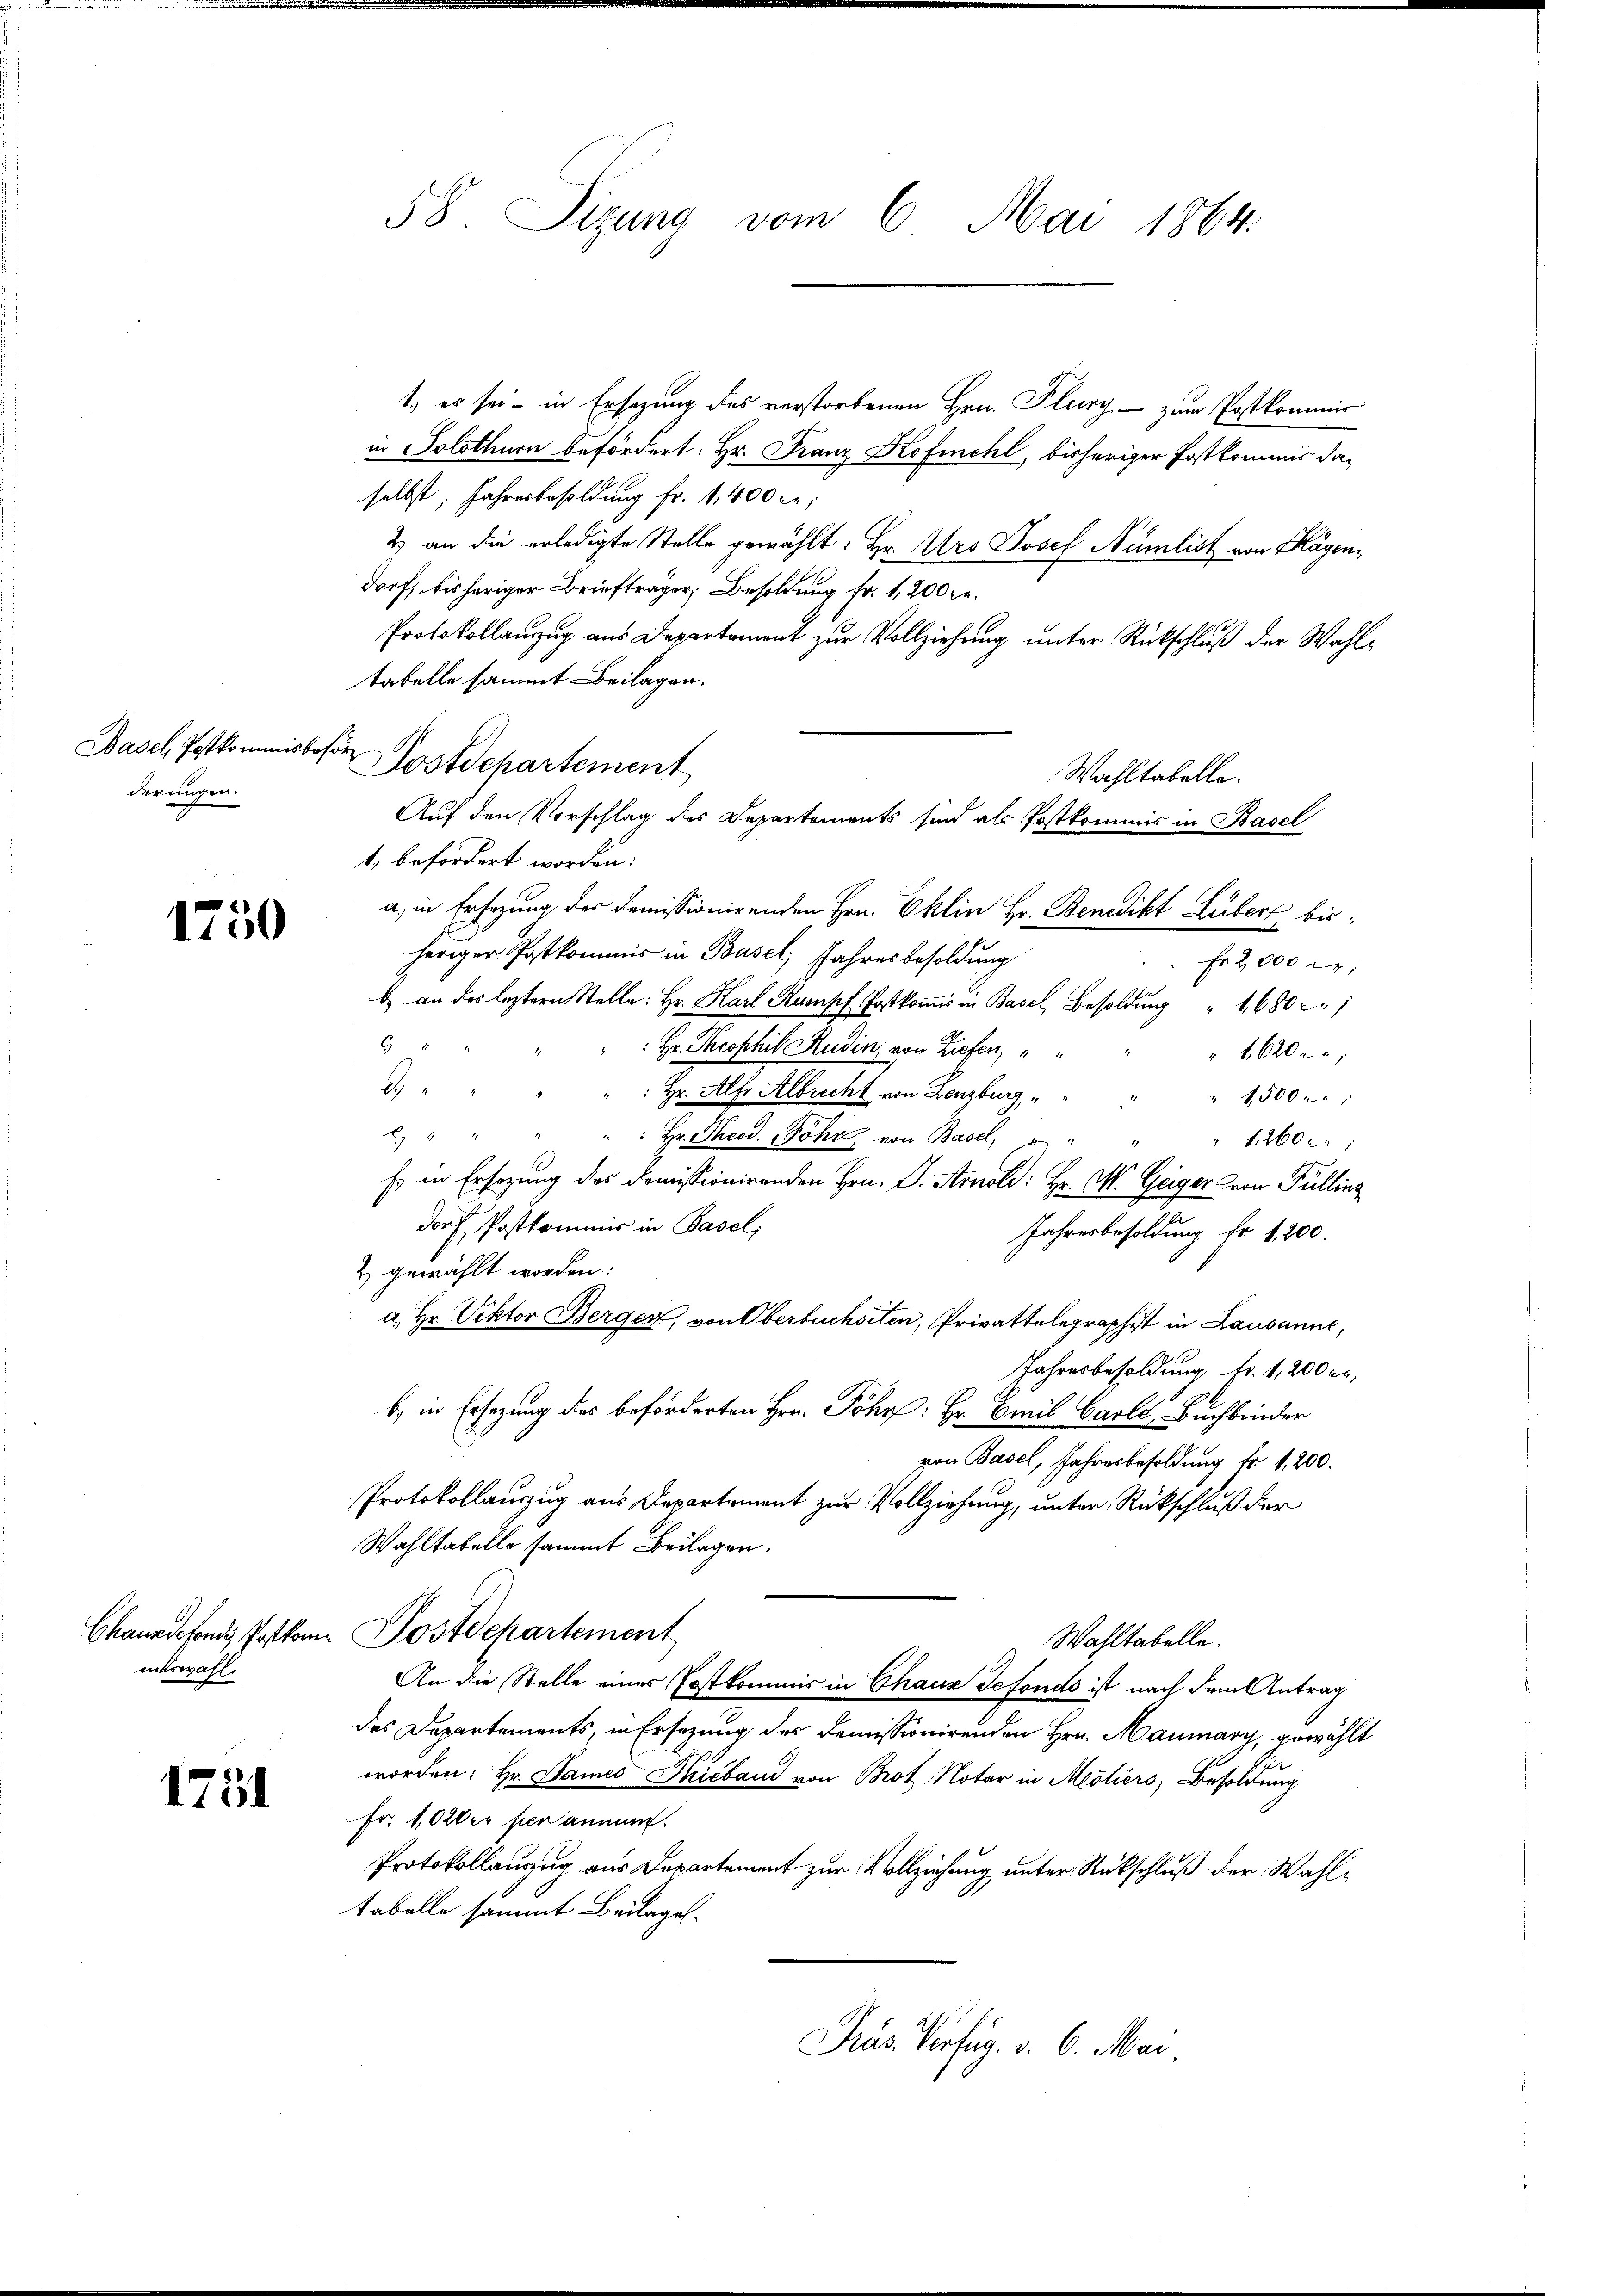
Basel, Postkommisbos
derungen.

1750

Channdefonds, Postkom
miswahl.

1751

58. Sizung vom 6. Mai 1864.

1, es sei - in Ersezung des verstorbenen Hrn. Plury - zum Postkommis
in Solothurn befördert: Hr. Franz Kofmehl, bisheriger Postkommis daselbst, Jahresbesoldung fr. 1,400 re
2) an die erledigte Stelle gewählt: Hr. Urs Josef Nümlist von Hagen
darf, bisheriger Brieftrager, Besoldung fr. 1,200 Fr.
Protokollauszug aus Departament zur Vollziehung unter Rückschluß der Wahltabelle sammt Beilagen.
d
Postdepartement
Wahltabelle.
1, befördert worden.
a, in Ersezung des demissionirenden Hrn. Eklin Hr. Benedikt Lüber bisheriger Postkommis in Basel, Jahresbesoldung
Fr. 2000 M.
b an des leztern Stelle: Hr. Karl Rumpf Postkoṁis in Basel, Besoldŭng " 1680
8
: Hr. Theophil Rudin, von Ziefen,
1620
d
 Hr. Alfr. Albrecht von Lenzburg,
" 1500 r.

 Hr. Theod. Föhr, von Basel,
" 1260.
Es in Ersezung des demissionirenden Hrn. G. Arnold: Hr. M. Geiger von Pullinz
dorf Postkommis in Basel;
Jahresbesoldung fr. 1,200.
& gewählt worden:
a. Hr. Viktor Berger, von Oberbuchoiten, Privattelegraphist in Lausanne,
Jahresbesoldung Fr. 1, 200 Fr.
b) in Ersezung des beförderten Hrn. Johr: Hr. Emil Carl Buchbinder
von Basel, Jahresbesoldung fr. 1200.
Protokollauszug aus Departement zur Vollziehung, unter Rückschluß der
Wahltabelle sammt Beilagen.
Postdepartement
Wahltabelle.
An die Stelle eines Postkommis in Chaus Gefonds ist nach dem Antrag
des Departements, in Ersezung der Demissionirenden Hrn. Maumary, gewählt
worden: Hr. Dames Skieband von Brot Notar in Mestiers; Besoldung
Fr. 1020er per anman
Protokollauszug aus Departement zur Vollziehung unter Rückschluß der Wahltabelle sammt Beilagen.
Präs. Verfüg. v. 6. Mai

Auf den Vorschlag des Departements sind als Postkommis in Basel